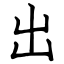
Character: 出